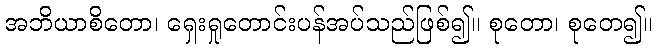
အဘိယာစိတော၊ ရှေးရှုတောင်းပန်အပ်သည်ဖြစ်၍။ စုတော၊ စုတေ၍။